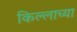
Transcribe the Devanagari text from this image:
किल्लाच्या